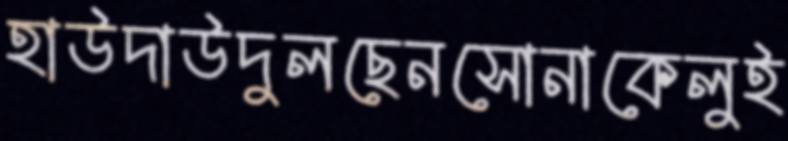
হাউদাউদুলছেনসোনাকেলুই